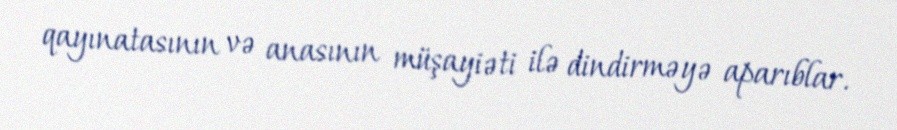
qayınatasının və anasının müşayiəti ilə dindirməyə aparıblar.